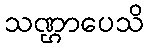
သဏ္ဌာပေသိ